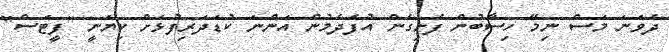
ދެވަނަ މަސް ނިމޭ ހިސާބުން ފެށިގެން އުފެދެމުން އަންނަ ކުޑަދަރިފުޅަށް ކިޔަނީ ''ފީޓަސް''